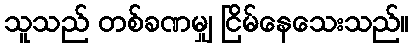
သူသည် တစ်ခဏမျှ ငြိမ်နေသေးသည်။